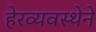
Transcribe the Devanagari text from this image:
हेरव्यवस्थेने